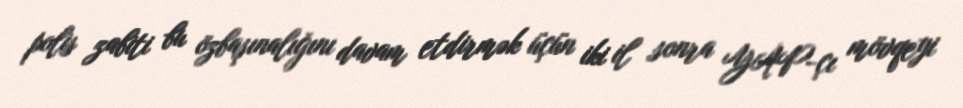
polis zabiti bu özbaşınalığını davam etdirmək üçün iki il sonra YAP-çı mövqeyi